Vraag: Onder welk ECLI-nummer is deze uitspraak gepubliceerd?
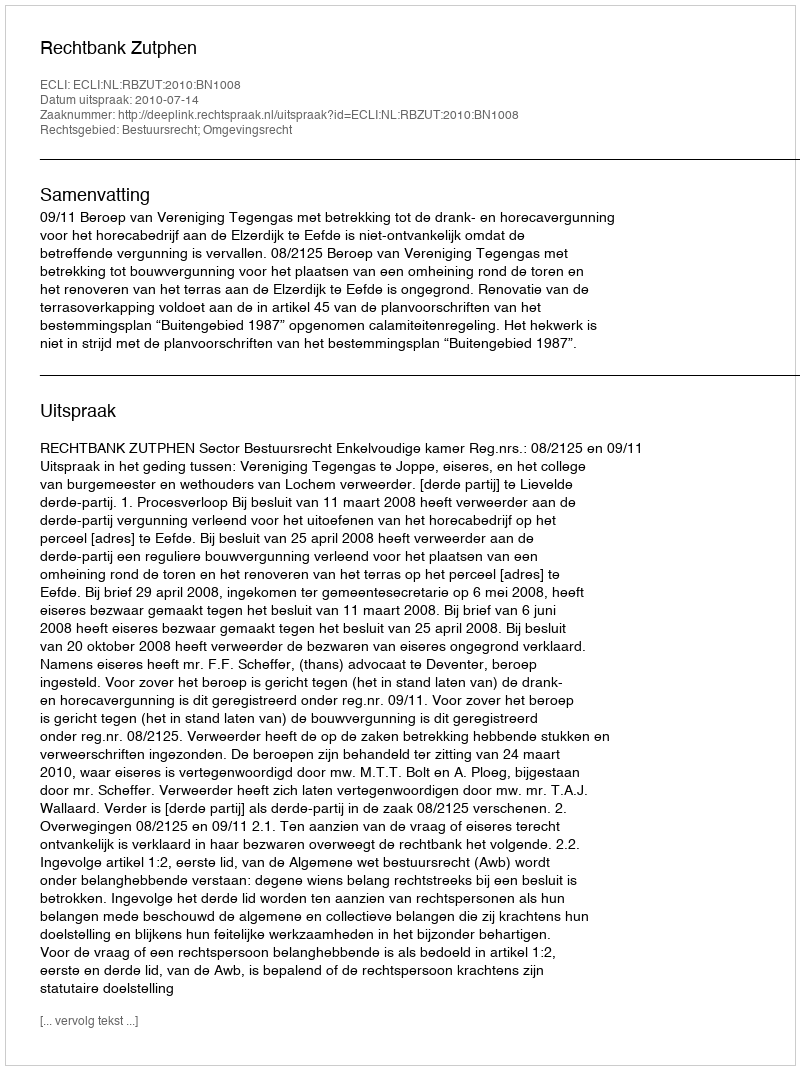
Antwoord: ECLI:NL:RBZUT:2010:BN1008